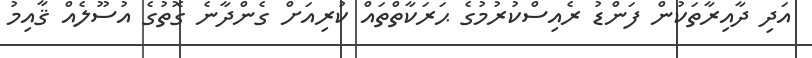
އަދި ދާއިރާތަކުން ފަންޑު ރެއިސްކުރުމުގެ ޙަރަކާތްތައް ކުރިއަށް ގެންދާނެ ގޮތުގެ އުސޫލެއް ޤާއިމު